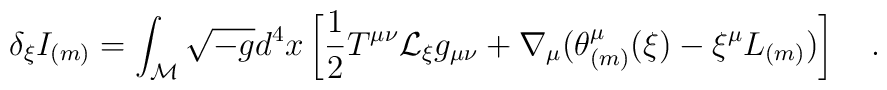
\delta_\xi I_{(m)}=\int_{\cal M}\sqrt{-g}d^4x \left[\frac 12 T^{\mu\nu}{\cal L}_\xi g_{\mu\nu}+\nabla_\mu(\theta_{(m)}^\mu(\xi)-\xi^\mu L_{(m)})\right]~~~.